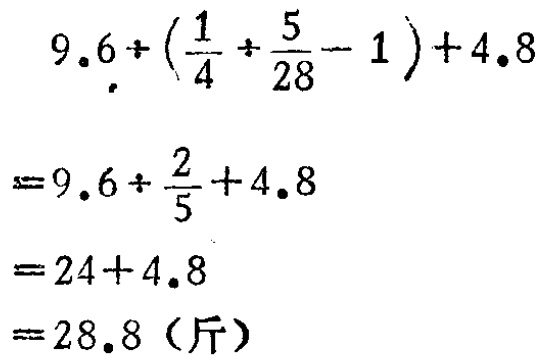
\[

\begin{align*}

&9.6\div(\frac{1}{4}+\frac{5}{28}-1)+4.8\\

=&9.6\div\frac{2}{5}+4.8\\

=&24 + 4.8\\

=&28.8（\text{斤}）

\end{align*}

\]